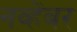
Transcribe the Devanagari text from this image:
नव्हेंबर